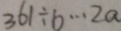
3 6 1 \div b \cdots 2 a